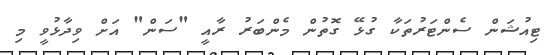
ޓިއުޝަން ސެންޓަރުތަކާ ގުޅޭ ގޮތުން މެންބަރު ރާއީ "ސަން" އަށް ވިދާޅުވީ މި